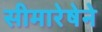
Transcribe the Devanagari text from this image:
सीमारेषेने